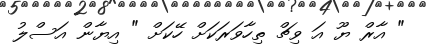
" އާރް ޔޫ އަ ވިޗް ތިހާވަރަކަށް ހޭކަށް " އިޔާން އަސްލު